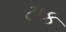
ટાક